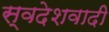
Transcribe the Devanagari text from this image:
स्वदेशवादी